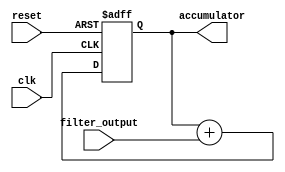
module accumulator (
    input wire clk,
    input wire reset,
    input wire filter_output,
    output reg accumulator
);

    always @ (posedge clk or posedge reset) begin
        if (reset) begin
            accumulator <= 0;
        end else begin
            accumulator <= accumulator + filter_output;
        end
    end

endmodule